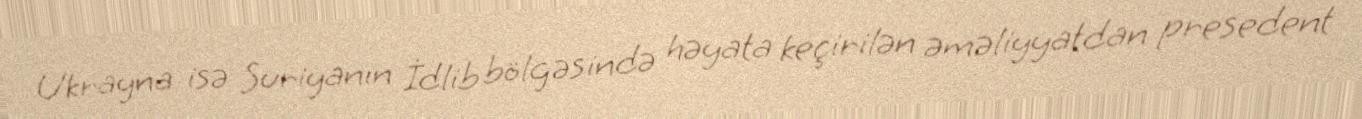
Ukrayna isə Suriyanın İdlib bölgəsində həyata keçirilən əməliyyatdan presedent